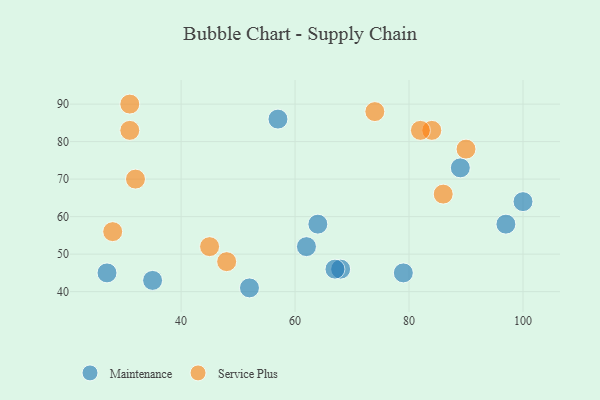
{"axis": {"x": "GDP", "y": "Life Expectancy"}, "legend": ["Maintenance", "Service Plus"], "data": [{"x": "57", "y": 86, "type": "Maintenance"}, {"x": "100", "y": 64, "type": "Maintenance"}, {"x": "35", "y": 43, "type": "Maintenance"}, {"x": "62", "y": 52, "type": "Maintenance"}, {"x": "64", "y": 58, "type": "Maintenance"}, {"x": "52", "y": 41, "type": "Maintenance"}, {"x": "79", "y": 45, "type": "Maintenance"}, {"x": "97", "y": 58, "type": "Maintenance"}, {"x": "27", "y": 45, "type": "Maintenance"}, {"x": "68", "y": 46, "type": "Maintenance"}, {"x": "67", "y": 46, "type": "Maintenance"}, {"x": "89", "y": 73, "type": "Maintenance"}, {"x": "32", "y": 70, "type": "Service Plus"}, {"x": "90", "y": 78, "type": "Service Plus"}, {"x": "84", "y": 83, "type": "Service Plus"}, {"x": "74", "y": 88, "type": "Service Plus"}, {"x": "82", "y": 83, "type": "Service Plus"}, {"x": "28", "y": 56, "type": "Service Plus"}, {"x": "45", "y": 52, "type": "Service Plus"}, {"x": "31", "y": 83, "type": "Service Plus"}, {"x": "86", "y": 66, "type": "Service Plus"}, {"x": "48", "y": 48, "type": "Service Plus"}, {"x": "31", "y": 90, "type": "Service Plus"}]}